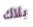
بلاك